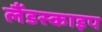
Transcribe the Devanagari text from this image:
लैंडस्काइप